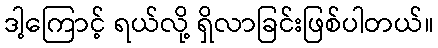
ဒါ့ကြောင့် ရယ်လို့ ရှိလာခြင်းဖြစ်ပါတယ်။